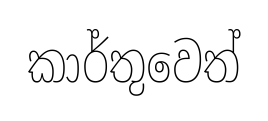
කාර්තුවෙත්